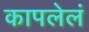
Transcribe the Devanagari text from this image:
कापलेलं